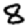
Digit: 8